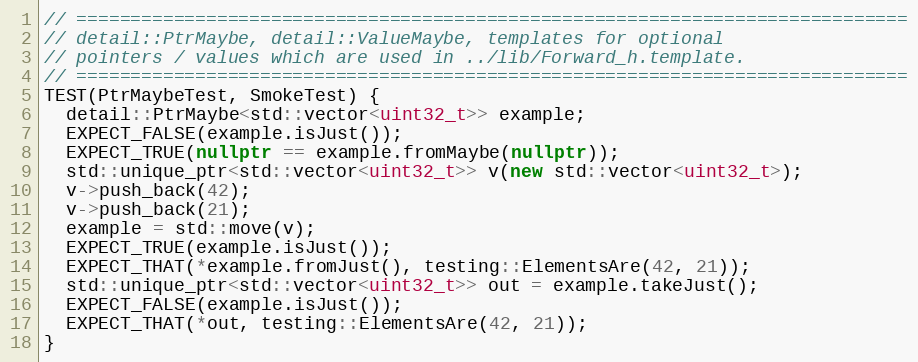
Language: C++
// =============================================================================
// detail::PtrMaybe, detail::ValueMaybe, templates for optional
// pointers / values which are used in ../lib/Forward_h.template.
// =============================================================================
TEST(PtrMaybeTest, SmokeTest) {
  detail::PtrMaybe<std::vector<uint32_t>> example;
  EXPECT_FALSE(example.isJust());
  EXPECT_TRUE(nullptr == example.fromMaybe(nullptr));
  std::unique_ptr<std::vector<uint32_t>> v(new std::vector<uint32_t>);
  v->push_back(42);
  v->push_back(21);
  example = std::move(v);
  EXPECT_TRUE(example.isJust());
  EXPECT_THAT(*example.fromJust(), testing::ElementsAre(42, 21));
  std::unique_ptr<std::vector<uint32_t>> out = example.takeJust();
  EXPECT_FALSE(example.isJust());
  EXPECT_THAT(*out, testing::ElementsAre(42, 21));
}